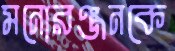
মনোরঞ্জনকে